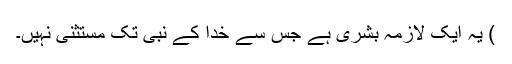
) یہ ایک لازمہ بشری ہے جس سے خدا کے نبی تک مستثنیٰ نہیں۔